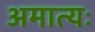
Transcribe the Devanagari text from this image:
अमात्यः